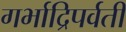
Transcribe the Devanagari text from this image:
गर्भाद्रिपर्वती